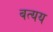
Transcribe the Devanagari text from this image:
बत्यय